Leaving Certificate Examination, 1909
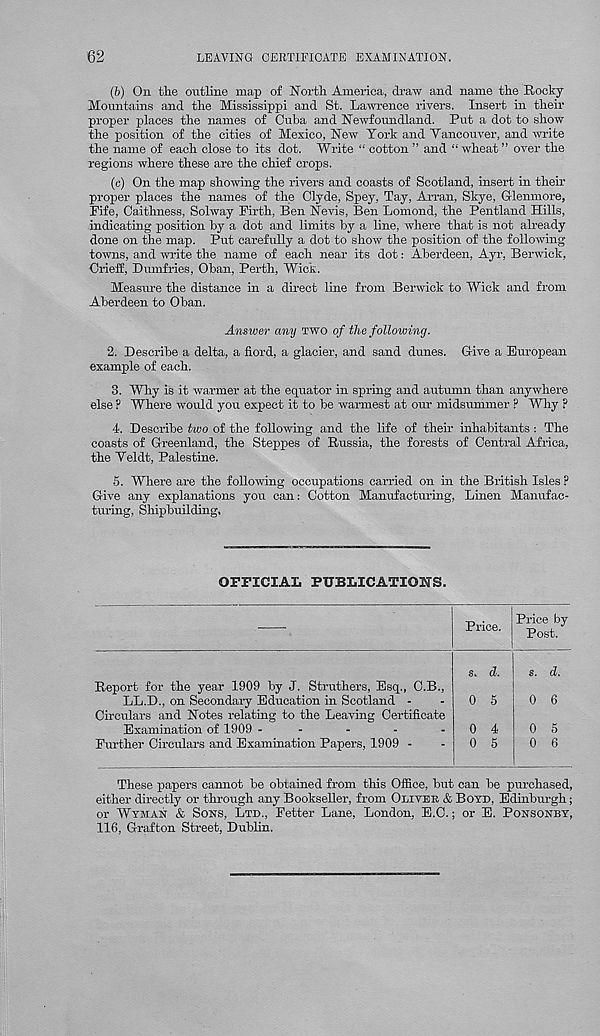
62
LEAVING CERTIFICATE EXAMINATION.
(6) On the outline map of North America, draw and name the Rooty
Mountains and the Mississippi and St. Lawrence rivers. Insert in their
proper places the names of Cuba and Newfoundland. Put a dot to show
the position of the cities of Mexico, New Tort and Yancouver, and write
the name of each close to its dot. Write “ cotton ” and “ wheat ” over the
regions where these are the chief crops.
(c) On the map showing the rivers and coasts of Scotland, insert in their
proper places the names of the Clyde, Spey, Tay, Arran, Skye, Glenmore,
Fife, Caithness, Solway Firth, Ben Nevis, Ben Lomond, the Pentland Hills,
indicating position by a dot and limits by a line, where that is not already
done on the map. Put carefully a dot to show the position of the following
towns, and write the name of each near its dot: Aberdeen, Ayr, Berwick,
Crieff, Dumfries, Oban, Perth, Wick.
Measure the distance in a direct line from Berwick to Wick and from
Aberdeen to Oban.
Answer any two of the following.
2. Describe a delta, a fiord, a glacier, and sand dunes. Give a European
example of each.
3. Why is it warmer at the equator in spring and autumn than anywhere
else F Where would you expect it to be warmest at our midsummer P Why ?
4. Describe two of the following and the life of their inhabitants : The
coasts of Greenland, the Steppes of Russia, the forests of Central Africa,
the Veldt, Palestine.
5. Where are the following occupations carried on in the British Isles ?
Give any explanations you can: Cotton Manufacturing, Linen Manufac-
turing, Shipbuilding.
OFFICIAL PUBLICATIONS.
Price by
Post.
Report for the year 1909 by J. Struthers, Esq., C.B.,
LL.D., on Secondary Education in Scotland -
Circulars and Notes relating to the Leaving Certificate
Examination of 1909 -
-
-
-
-
Further Circulars and Examination Papers, 1909 -
Price.
0 6
0 5
0 6
These papers camiot be obtained from this Office, but can be purchased,
either directly or through any Bookseller, from Oliveb & Boyd, Edinburgh;
or Wyman & Sons, Ltd., Fetter Lane, London, E.C.; or E. Ponsonby,
116, Grafton Street, Dublin.